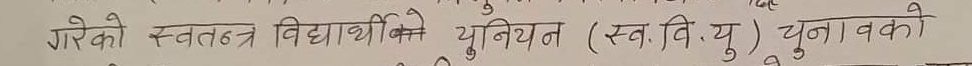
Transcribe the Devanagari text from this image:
गरेको स्वतन्त्र विद्यार्थी युनियन (स्व.वि.यु) चुनावको